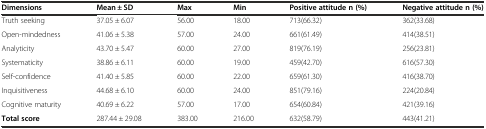
<table><thead><tr><td><b>Dimensions</b></td><td><b>Mean ± SD</b></td><td><b>Max</b></td><td><b>Min</b></td><td><b>Positive attitude n (%)</b></td><td><b>Negative attitude n (%)</b></td></tr></thead><tbody><tr><td>Truth seeking</td><td>37.05 ± 6.07</td><td>56.00</td><td>18.00</td><td>713(66.32)</td><td>362(33.68)</td></tr><tr><td>Open-mindedness</td><td>41.06 ± 5.38</td><td>57.00</td><td>24.00</td><td>661(61.49)</td><td>414(38.51)</td></tr><tr><td>Analyticity</td><td>43.70 ± 5.47</td><td>60.00</td><td>27.00</td><td>819(76.19)</td><td>256(23.81)</td></tr><tr><td>Systematicity</td><td>38.86 ± 6.11</td><td>60.00</td><td>19.00</td><td>459(42.70)</td><td>616(57.30)</td></tr><tr><td>Self-confidence</td><td>41.40 ± 5.85</td><td>60.00</td><td>22.00</td><td>659(61.30)</td><td>416(38.70)</td></tr><tr><td>Inquisitiveness</td><td>44.68 ± 6.10</td><td>60.00</td><td>24.00</td><td>851(79.16)</td><td>224(20.84)</td></tr><tr><td>Cognitive maturity</td><td>40.69 ± 6.22</td><td>57.00</td><td>17.00</td><td>654(60.84)</td><td>421(39.16)</td></tr><tr><td><b>Total score</b></td><td>287.44 ± 29.08</td><td>383.00</td><td>216.00</td><td>632(58.79)</td><td>443(41.21)</td></tr></tbody></table>